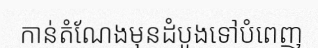
កាន់តំណែងមុនដំបូងទៅបំពេញ